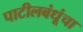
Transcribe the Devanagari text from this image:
पाटीलबंधूंचा